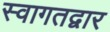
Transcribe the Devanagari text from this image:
स्वागतद्वार